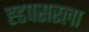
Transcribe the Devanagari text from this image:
ह्डपसरला